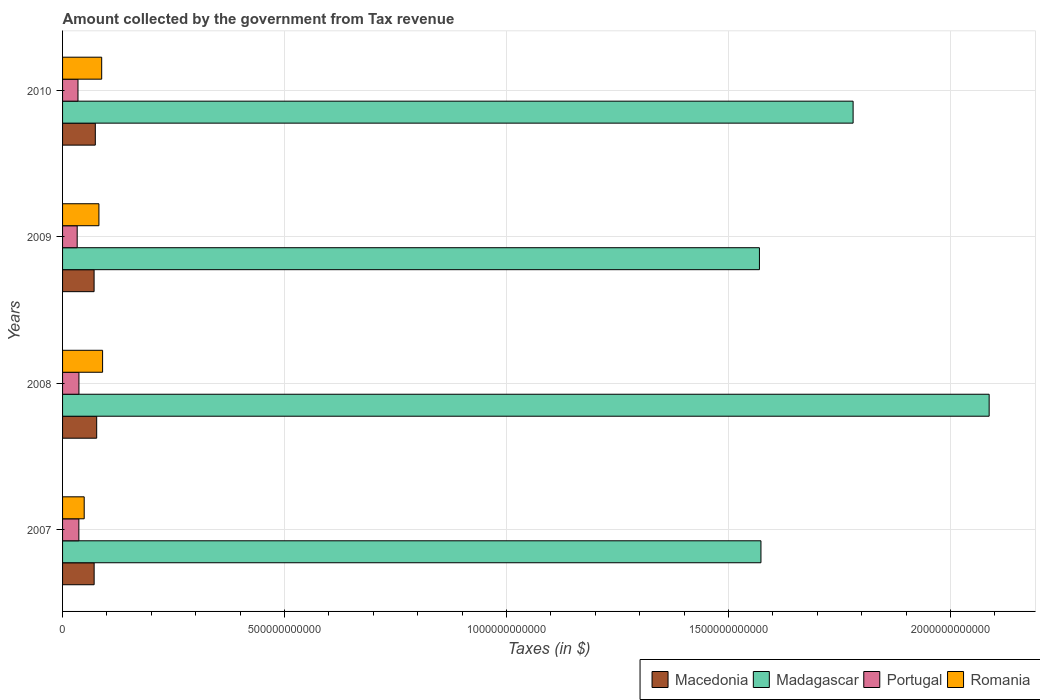
| Years | Macedonia | Madagascar | Portugal | Romania |
 | --- | --- | --- | --- | --- |
 | 2007 | 7.11e+10 | 1.57e+12 | 3.67e+10 | 4.88e+10 |
 | 2008 | 7.69e+10 | 2.09e+12 | 3.69e+10 | 9.01e+10 |
 | 2009 | 7.1e+10 | 1.57e+12 | 3.3e+10 | 8.19e+10 |
 | 2010 | 7.38e+10 | 1.78e+12 | 3.47e+10 | 8.81e+10 |